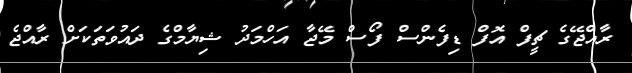
ރާއްޖޭގެ ޗީފް އޮފް ޑިފެންސް ފޯސް މޭޖާ އަހްމަދު ޝިޔާމްގެ ދައުވަތަކަށް ރާއްޖެ